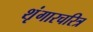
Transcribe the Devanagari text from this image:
शृंगारचरित्र